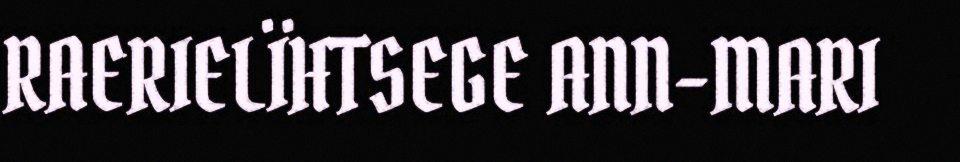
RAERIELÏHTSEGE ANN-MARI